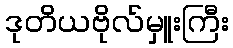
ဒုတိယဗိုလ်မှူးကြီး